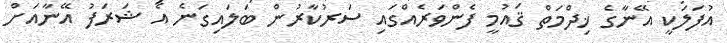
އުފަލަކީ އޭނާގެ ޚިދްމަތް ޤައުމީ ފެންވަރެއްގައި ސަރުކާރުން ބަލައިގަނެ އެ ޝަރަފު އޭނާއަށް